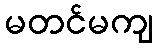
မတင်မကျ